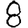
Digit: 8